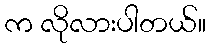
က လိုလားပါတယ်။